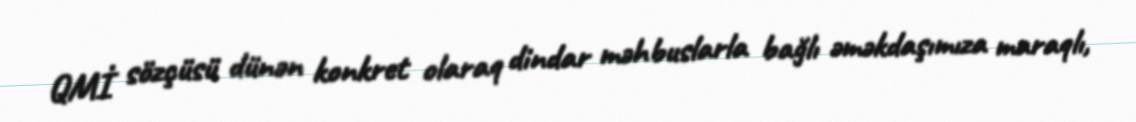
QMİ sözçüsü dünən konkret olaraq dindar məhbuslarla bağlı əməkdaşımıza maraqlı,